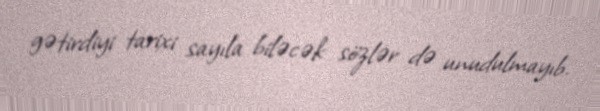
gətirdiyi tarixi sayıla biləcək sözlər də unudulmayıb.